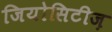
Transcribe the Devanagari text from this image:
जियोसिटीज़